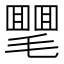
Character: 𣰣